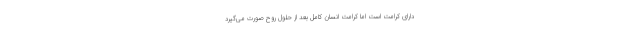
دارای کرامت است اما کرامت انسان کامل بعد از حلول روح صورت می‌گیرد